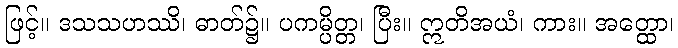
ဖြင့်။ ဒသသဟဿိ၊ ဓာတ်၌။ ပကမ္ပိတ္တ၊ ပြီး။ ဣတိအယံ၊ ကား။ အတ္ထော၊